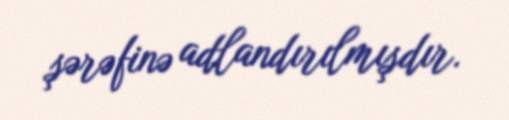
şərəfinə adlandırılmışdır.